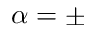
\alpha = \pm